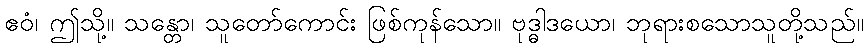
ဧဝံ၊ ဤသို့။ သန္တော၊ သူတော်ကောင်း ဖြစ်ကုန်သော။ ဗုဒ္ဓါဒယော၊ ဘုရားစသောသူတို့သည်။